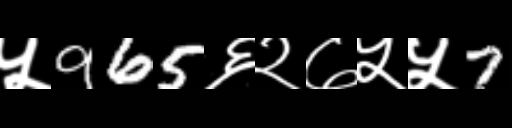
Text: ५965६२७५५7